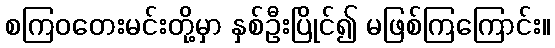
စကြဝတေးမင်းတို့မှာ နှစ်ဦးပြိုင်၍ မဖြစ်ကြကြောင်း။